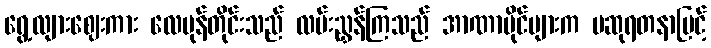
ရွေ့လျားဈေးကား လေမုန်တိုင်းသည် လမ်းညွှန်ကြသည် အာဏာပိုင်များက မဆုရတနာမြင့်